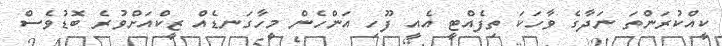
ކީއްކުރަންތަ ނަދާގެ ވާހަކަ ތިފެއްޓީ އެއީ ފޫހި އަންހެން މީހާގަނޑެއް ޒީކްއަށްވުރެ ބޮޑުވެސް